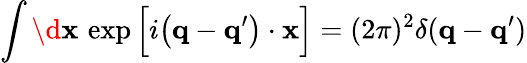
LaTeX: \int\d{\mathbf x}\, \exp\Big[i\big({\mathbf q}-{\mathbf q}^{\prime}\big)\cdot{\mathbf x}\Big]=(2\pi)^{2}\delta({\mathbf q}-{\mathbf q}^{\prime})